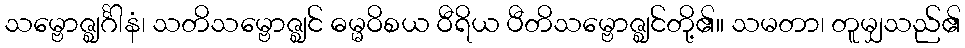
သမ္ဗောဇ္ဈင်္ဂါနံ၊ သတိသမ္ဗောဇ္ဈင် ဓမ္မဝိစယ ဝီရိယ ပီတိသမ္ဗောဇ္ဈင်တို့၏။ သမတာ၊ တူမျှသည်၏